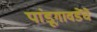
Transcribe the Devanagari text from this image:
पांडूगावडेंचे